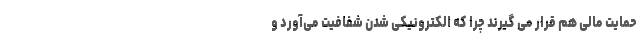
حمایت مالی هم قرار می گیرند چرا که الکترونیکی شدن شفافیت می‌آورد و